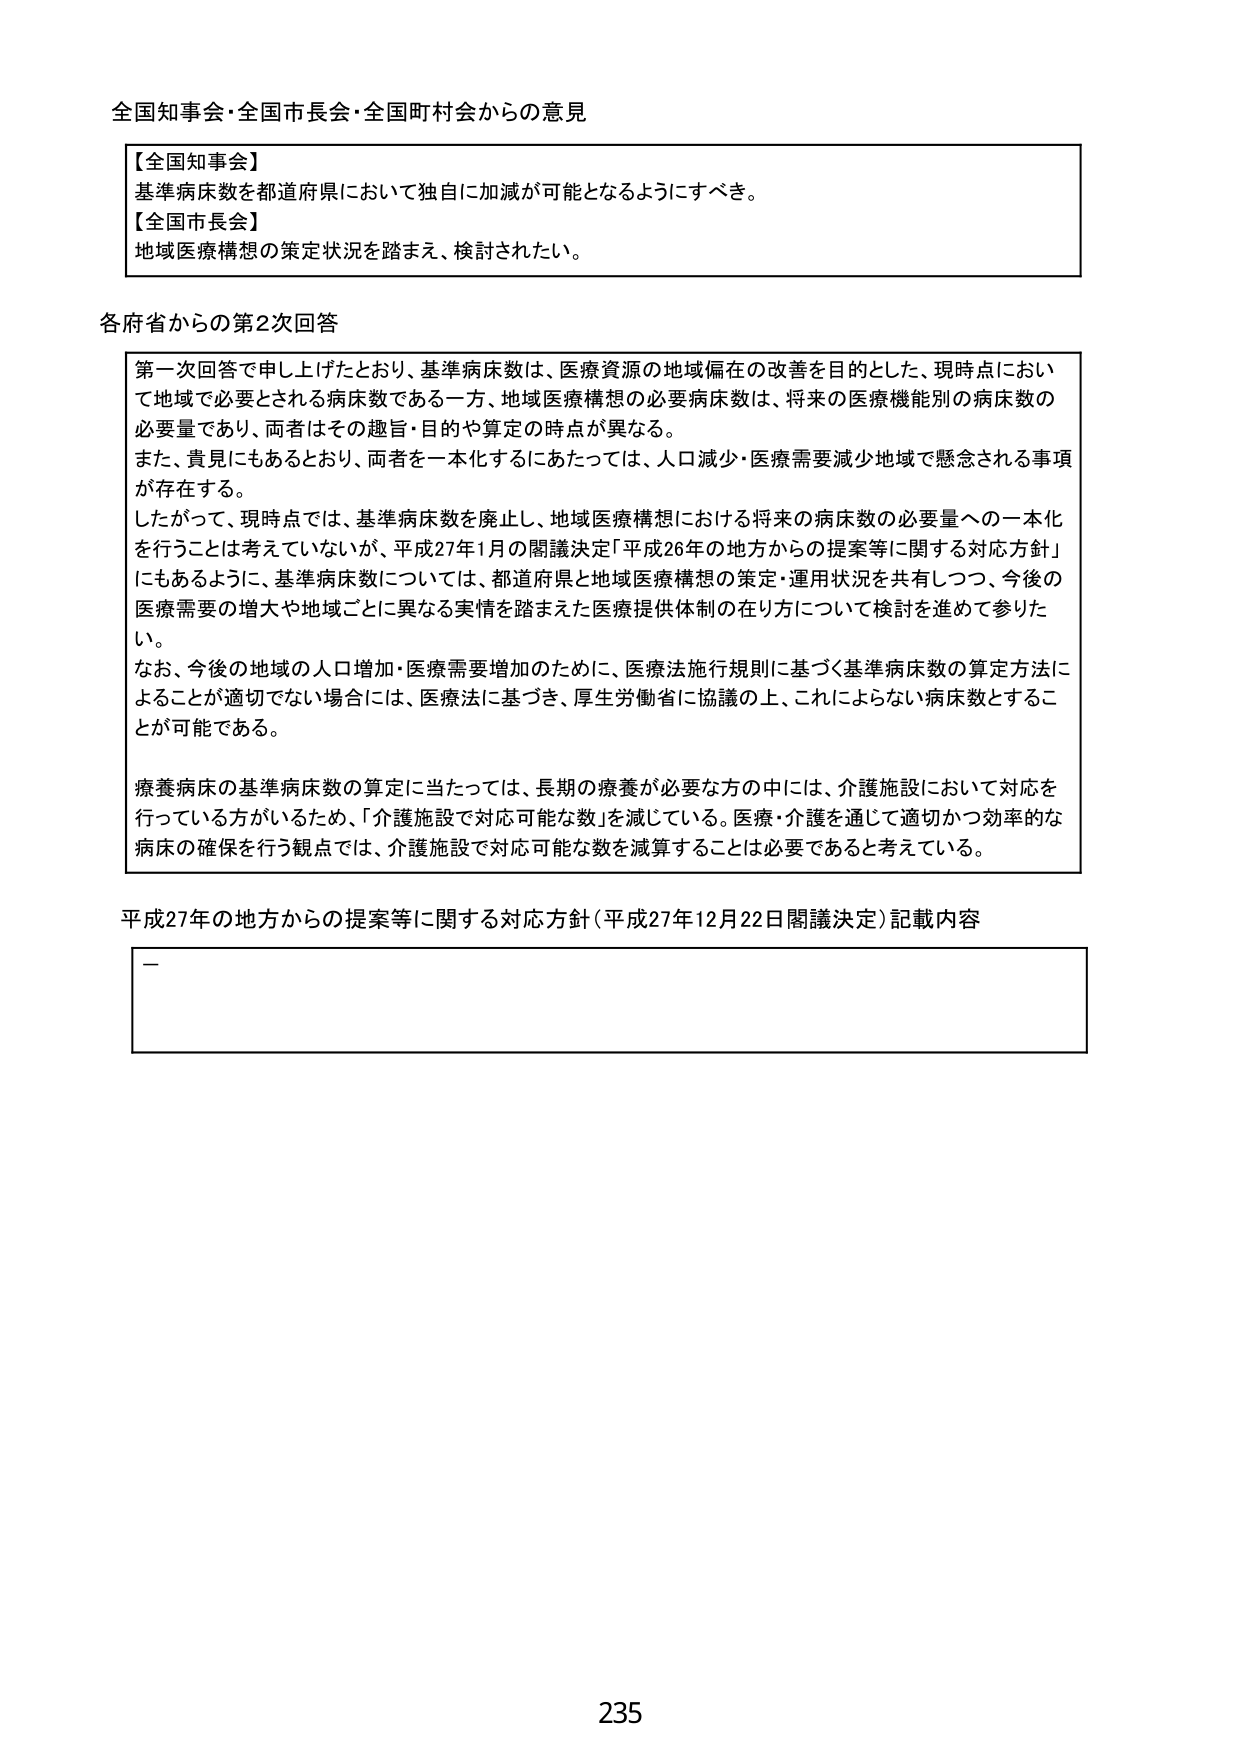
全国知事会・全国市長会・全国町村会からの意見

【全国知事会】
基準病床数を都道府県において独自に加減が可能となるようにすべき。

【全国市長会】
地域医療構想の策定状況を踏まえ、検討されたい。

各府省からの第2次回答

第一次回答で申し上げたとおり、基準病床数は、医療資源の地域偏在の改善を目的とした、現時点において地域で必要とされる病床数である一方、地域医療構想の必要病床数は、将来の医療機能別の病床数の必要量であり、両者はその趣旨・目的や算定の時点が異なる。
また、貴見にもあるとおり、両者を一本化するにあたっては、人口減少・医療需要減少地域で懸念される事項が存在する。
したがって、現時点では、基準病床数を廃止し、地域医療構想における将来の病床数の必要量への一本化を行うことは考えていないが、平成27年1月の閣議決定「平成26年の地方からの提案等に関する対応方針」にあるように、基準病床数については、都道府県と地域医療構想の策定・運用状況を共有しつつ、今後の医療需要の増大や地域ごとに異なる実情を踏まえた医療提供体制の在り方について検討を進めて参りたい。
なお、今後の地域の人口増加・医療需要増加のために、医療法施行規則に基づく基準病床数の算定方法によることが適切でない場合には、医療法に基づき、厚生労働省に協議の上、これによらない病床数とすることができる。

療養病床の基準病床数の算定に当たっては、長期の療養が必要な方の中には、介護施設において対応を行っている方がいるため、「介護施設で対応可能な数」を減じている。医療・介護を通じて適切かつ効率的な病床の確保を行う観点では、介護施設で対応可能な数を減算することは必要であると考えている。

平成27年の地方からの提案等に関する対応方針（平成27年12月22日閣議決定）記載内容

—

235